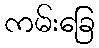
ကမ်းခြေ